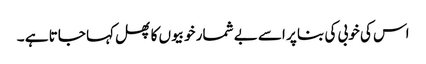
اس کی خوبی کی بنا پر اسے بے شمار خوبیوں کا پھل کہا جاتا ہے ۔